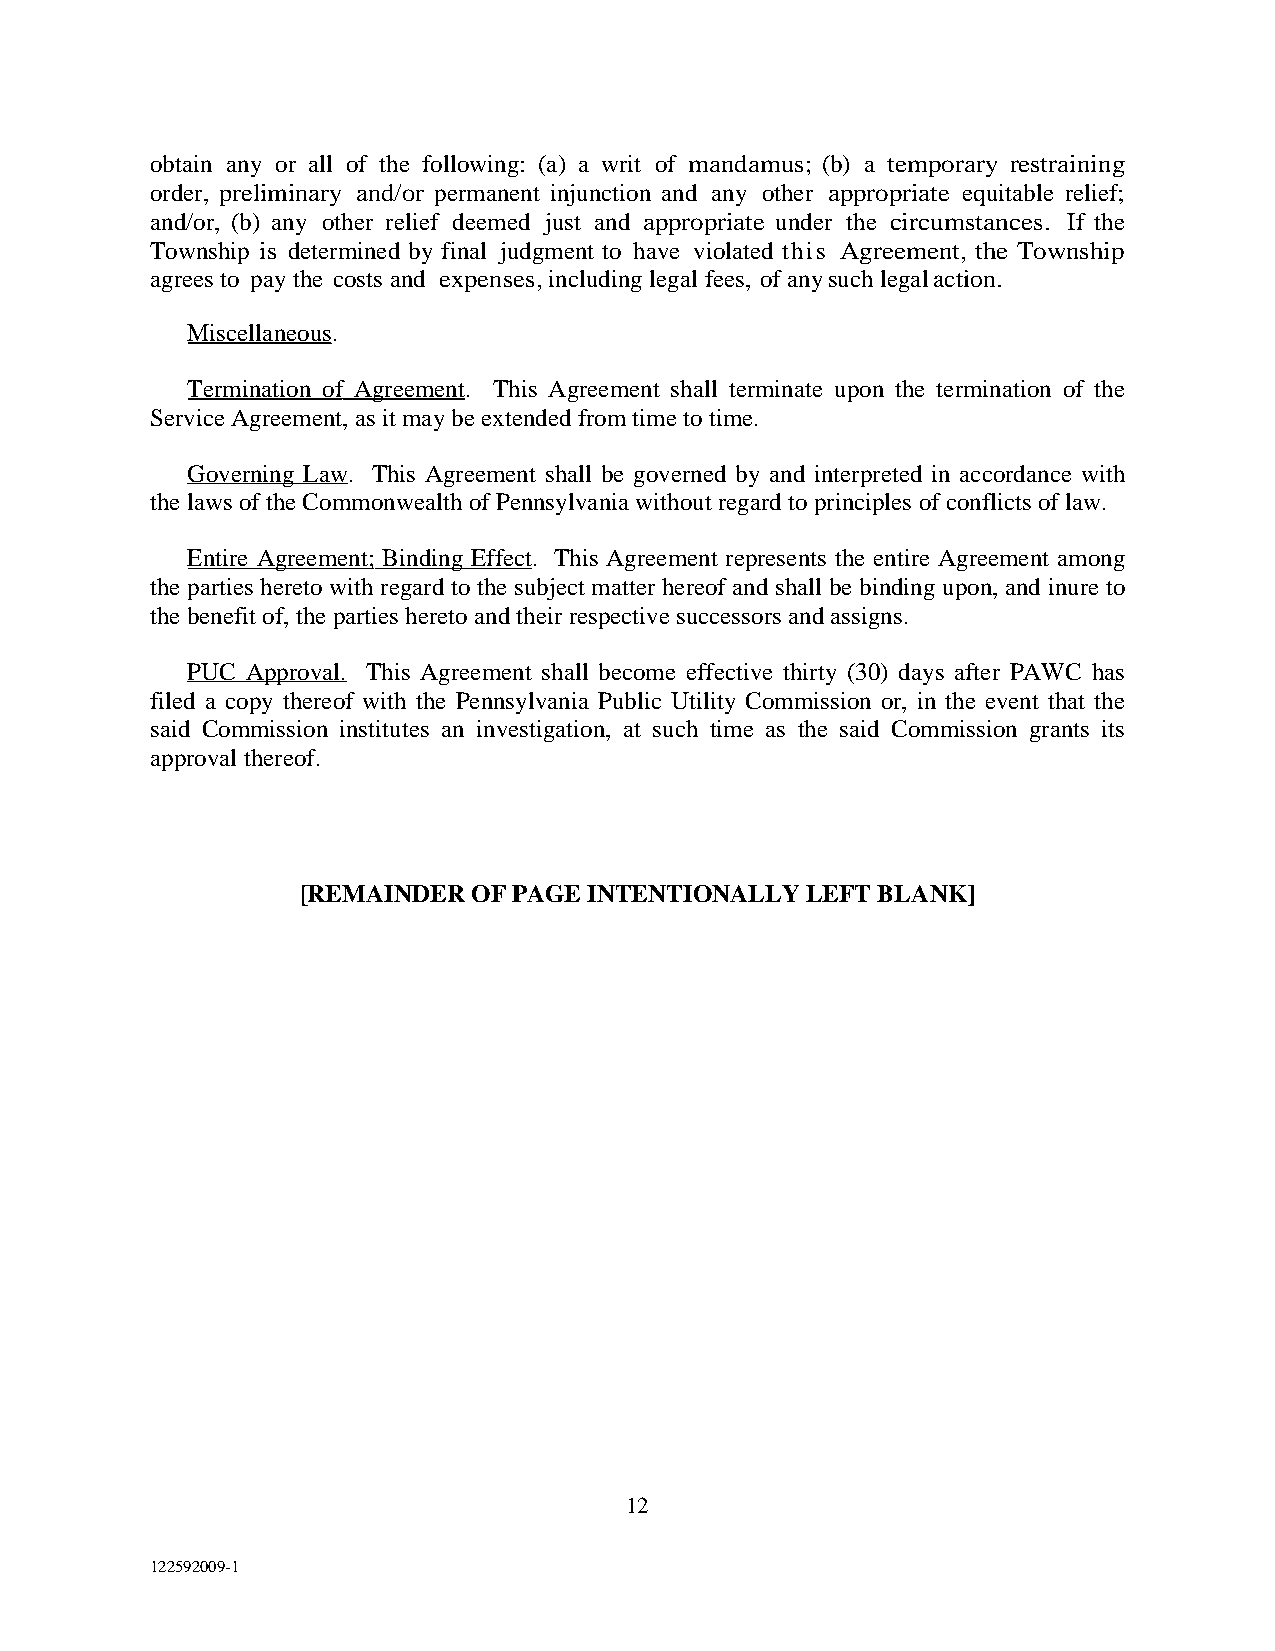
obtain any or all of the following: (a) a writ of mandamus; (b) a temporary restraining
 order, preliminary and/or permanent injunction and any other appropriate equitable relief;
 and/or, (b) any other relief deemed just and appropriate under the circumstances. If the
 Township is determined by final judgment to have violated t h i s Agreement, the Township
 agrees to pay the costs and expenses, including legal fees, of any such legal action.
 Miscellaneous.
 Termination of Agreement. This Agreement shall terminate upon the termination of the
 Service Agreement, as it may be extended from time to time.
 Governing Law. This Agreement shall be governed by and interpreted in accordance with
 the laws of the Commonwealth of Pennsylvania without regard to principles of conflicts of law.
 Entire Agreement; Binding Effect. This Agreement represents the entire Agreement among
 the parties hereto with regard to the subject matter hereof and shall be binding upon, and inure to
 the benefit of, the parties hereto and their respective successors and assigns.
 PUC Approval. This Agreement shall become effective thirty (30) days after PAWC has
 filed a copy thereof with the Pennsylvania Public Utility Commission or, in the event that the
 said Commission institutes an investigation, at such time as the said Commission grants its
 approval thereof.
 [REMAINDER OF PAGE INTENTIONALLY LEFT BLANK]
 12
 122592009-1